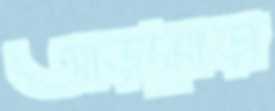
আড়মোড়া